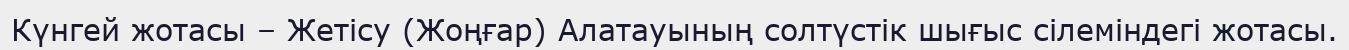
Күнгей жотасы – Жетісу (Жоңғар) Алатауының солтүстік шығыс сілеміндегі жотасы.